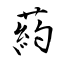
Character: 葯